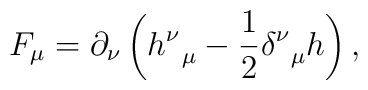
F_\mu =\partial _\nu \left( h_{\,\,\,\,\mu }^\nu -\frac 12\delta_{\,\,\,\,\mu }^\nu h\right) ,